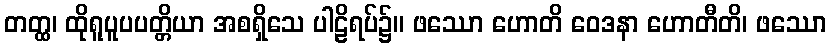
တတ္ထ၊ ထိုရူပူပပတ္တိယာ အစရှိသေ ပါဠိရပ်၌။ ဖဿော ဟောတိ ဝေဒနာ ဟောတီတိ၊ ဖဿော